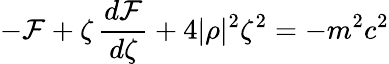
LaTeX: -{\cal F}+\zeta\, \frac{d{\cal F}}{d\zeta}+4|\rho|^{2}\zeta^{2}=-m^{2}c^{2}